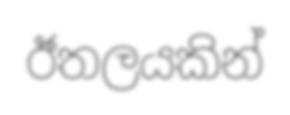
ඊතලයකින්